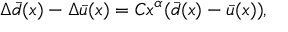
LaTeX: \Delta \bar { d } ( x ) - \Delta \bar { u } ( x ) = C x ^ { \alpha } ( \bar { d } ( x ) - \bar { u } ( x ) ) ,